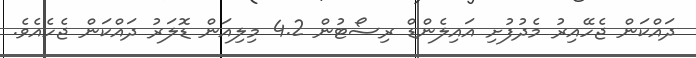
ދައްކަން ޖެހޭއިރު މެދުފުށި އައިލެންޑް ރިސޯޓުން 4.2 މިލިއަން ޑޮލަރު ދައްކަން ޖެހެއެވެ.